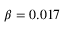
\beta = 0 . 0 1 7